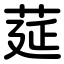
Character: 莚